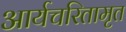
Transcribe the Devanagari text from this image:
आर्यचरितामृत